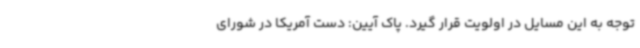
توجه به این مسایل در اولویت قرار گیرد. پاک آیین: دست آمریکا در شورای